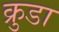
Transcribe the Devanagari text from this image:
क्रुडा